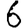
Digit: 6